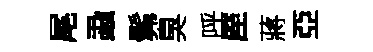
尾蝨髴臭呼厔蔣亞